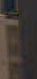
-